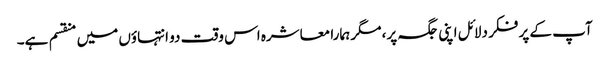
آپ کے پر فکر دلائل اپنی جگہ پر، مگر ہمارا معاشرہ اس وقت دو انتہاؤں میں منقسم ہے۔